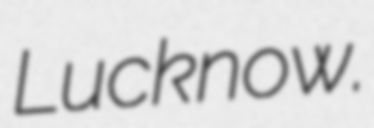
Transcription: Lucknow.